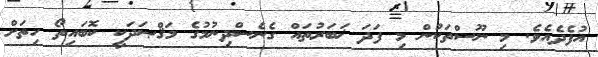
އުފެދެއެވެ. މި ނޫސްތަކުން މި ފަދަ ޚަބަރުތައް ގެނެސްދިނުމުގެ މަޤްޞަދަކީ ކޮބައިތޯ ހިތަށް